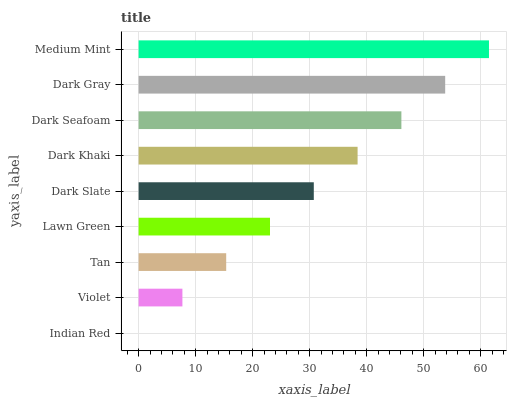
| yaxis_label | bars |
 | --- | --- |
 | Indian Red | 0 |
 | Violet | 7.68 |
 | Tan | 15.4 |
 | Lawn Green | 23 |
 | Dark Slate | 30.7 |
 | Dark Khaki | 38.4 |
 | Dark Seafoam | 46.1 |
 | Dark Gray | 53.8 |
 | Medium Mint | 61.5 |